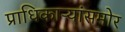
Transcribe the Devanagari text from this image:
प्राधिकाऱ्यांसमोर